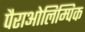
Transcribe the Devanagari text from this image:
पैराओलिम्पिक